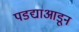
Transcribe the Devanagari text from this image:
पडद्याआडून